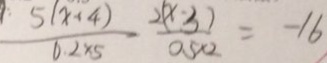
\frac { 5 ( x + 4 ) } { 0 . 2 \times 5 } - \frac { 2 ( x - 3 ) } { 0 . 5 \times 2 } = - 1 6